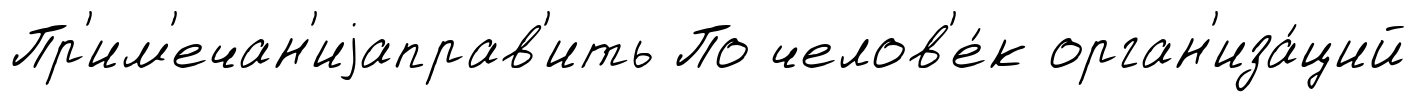
Пр'им'ечан'иjаправ'ить По челов'е́к орган'иза́ций